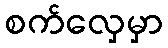
စက်လှေမှာ